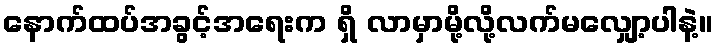
နောက်ထပ်အခွင့်အရေးက ရှိ လာမှာမို့လို့လက်မလျှော့ပါနဲ့။